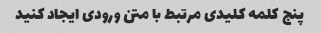
پنج کلمه کلیدی مرتبط با متن ورودی ایجاد کنید